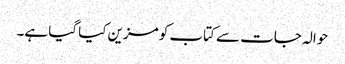
حوالہ جات سے کتاب کو مزین کیا گیا ہے۔